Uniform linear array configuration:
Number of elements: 24
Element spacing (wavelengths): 1
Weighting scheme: binomial
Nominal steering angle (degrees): -15
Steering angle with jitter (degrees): -13.936
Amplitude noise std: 0.05
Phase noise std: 0.05

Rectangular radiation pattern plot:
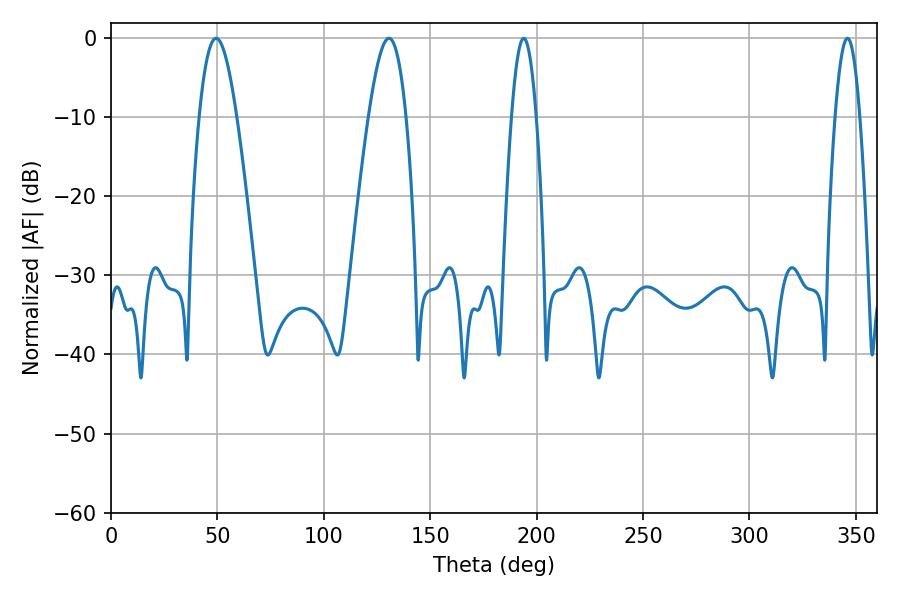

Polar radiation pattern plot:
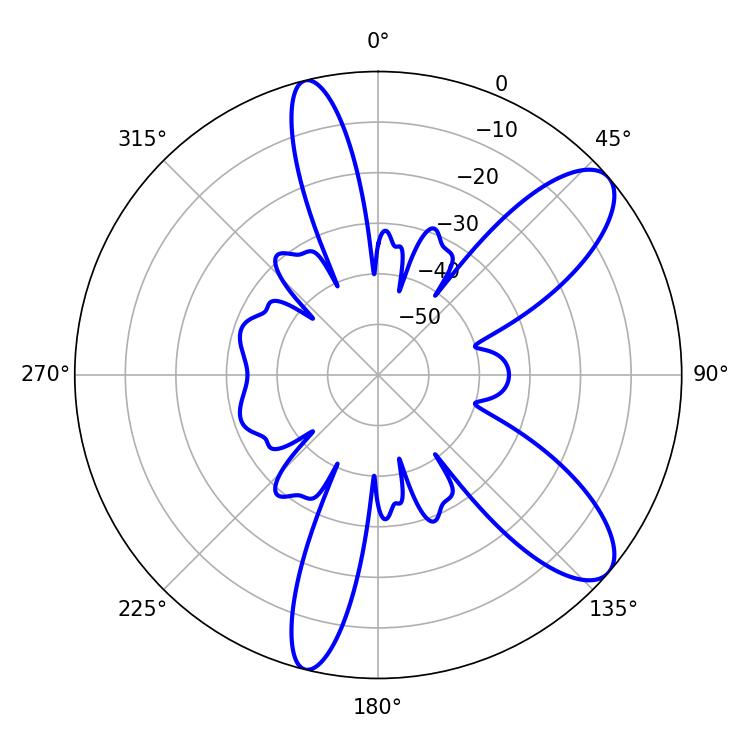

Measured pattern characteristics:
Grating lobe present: TRUE
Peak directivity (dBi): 9.63
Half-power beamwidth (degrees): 9.54
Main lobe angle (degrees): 130.68